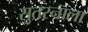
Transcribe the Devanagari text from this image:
सुतरनाला